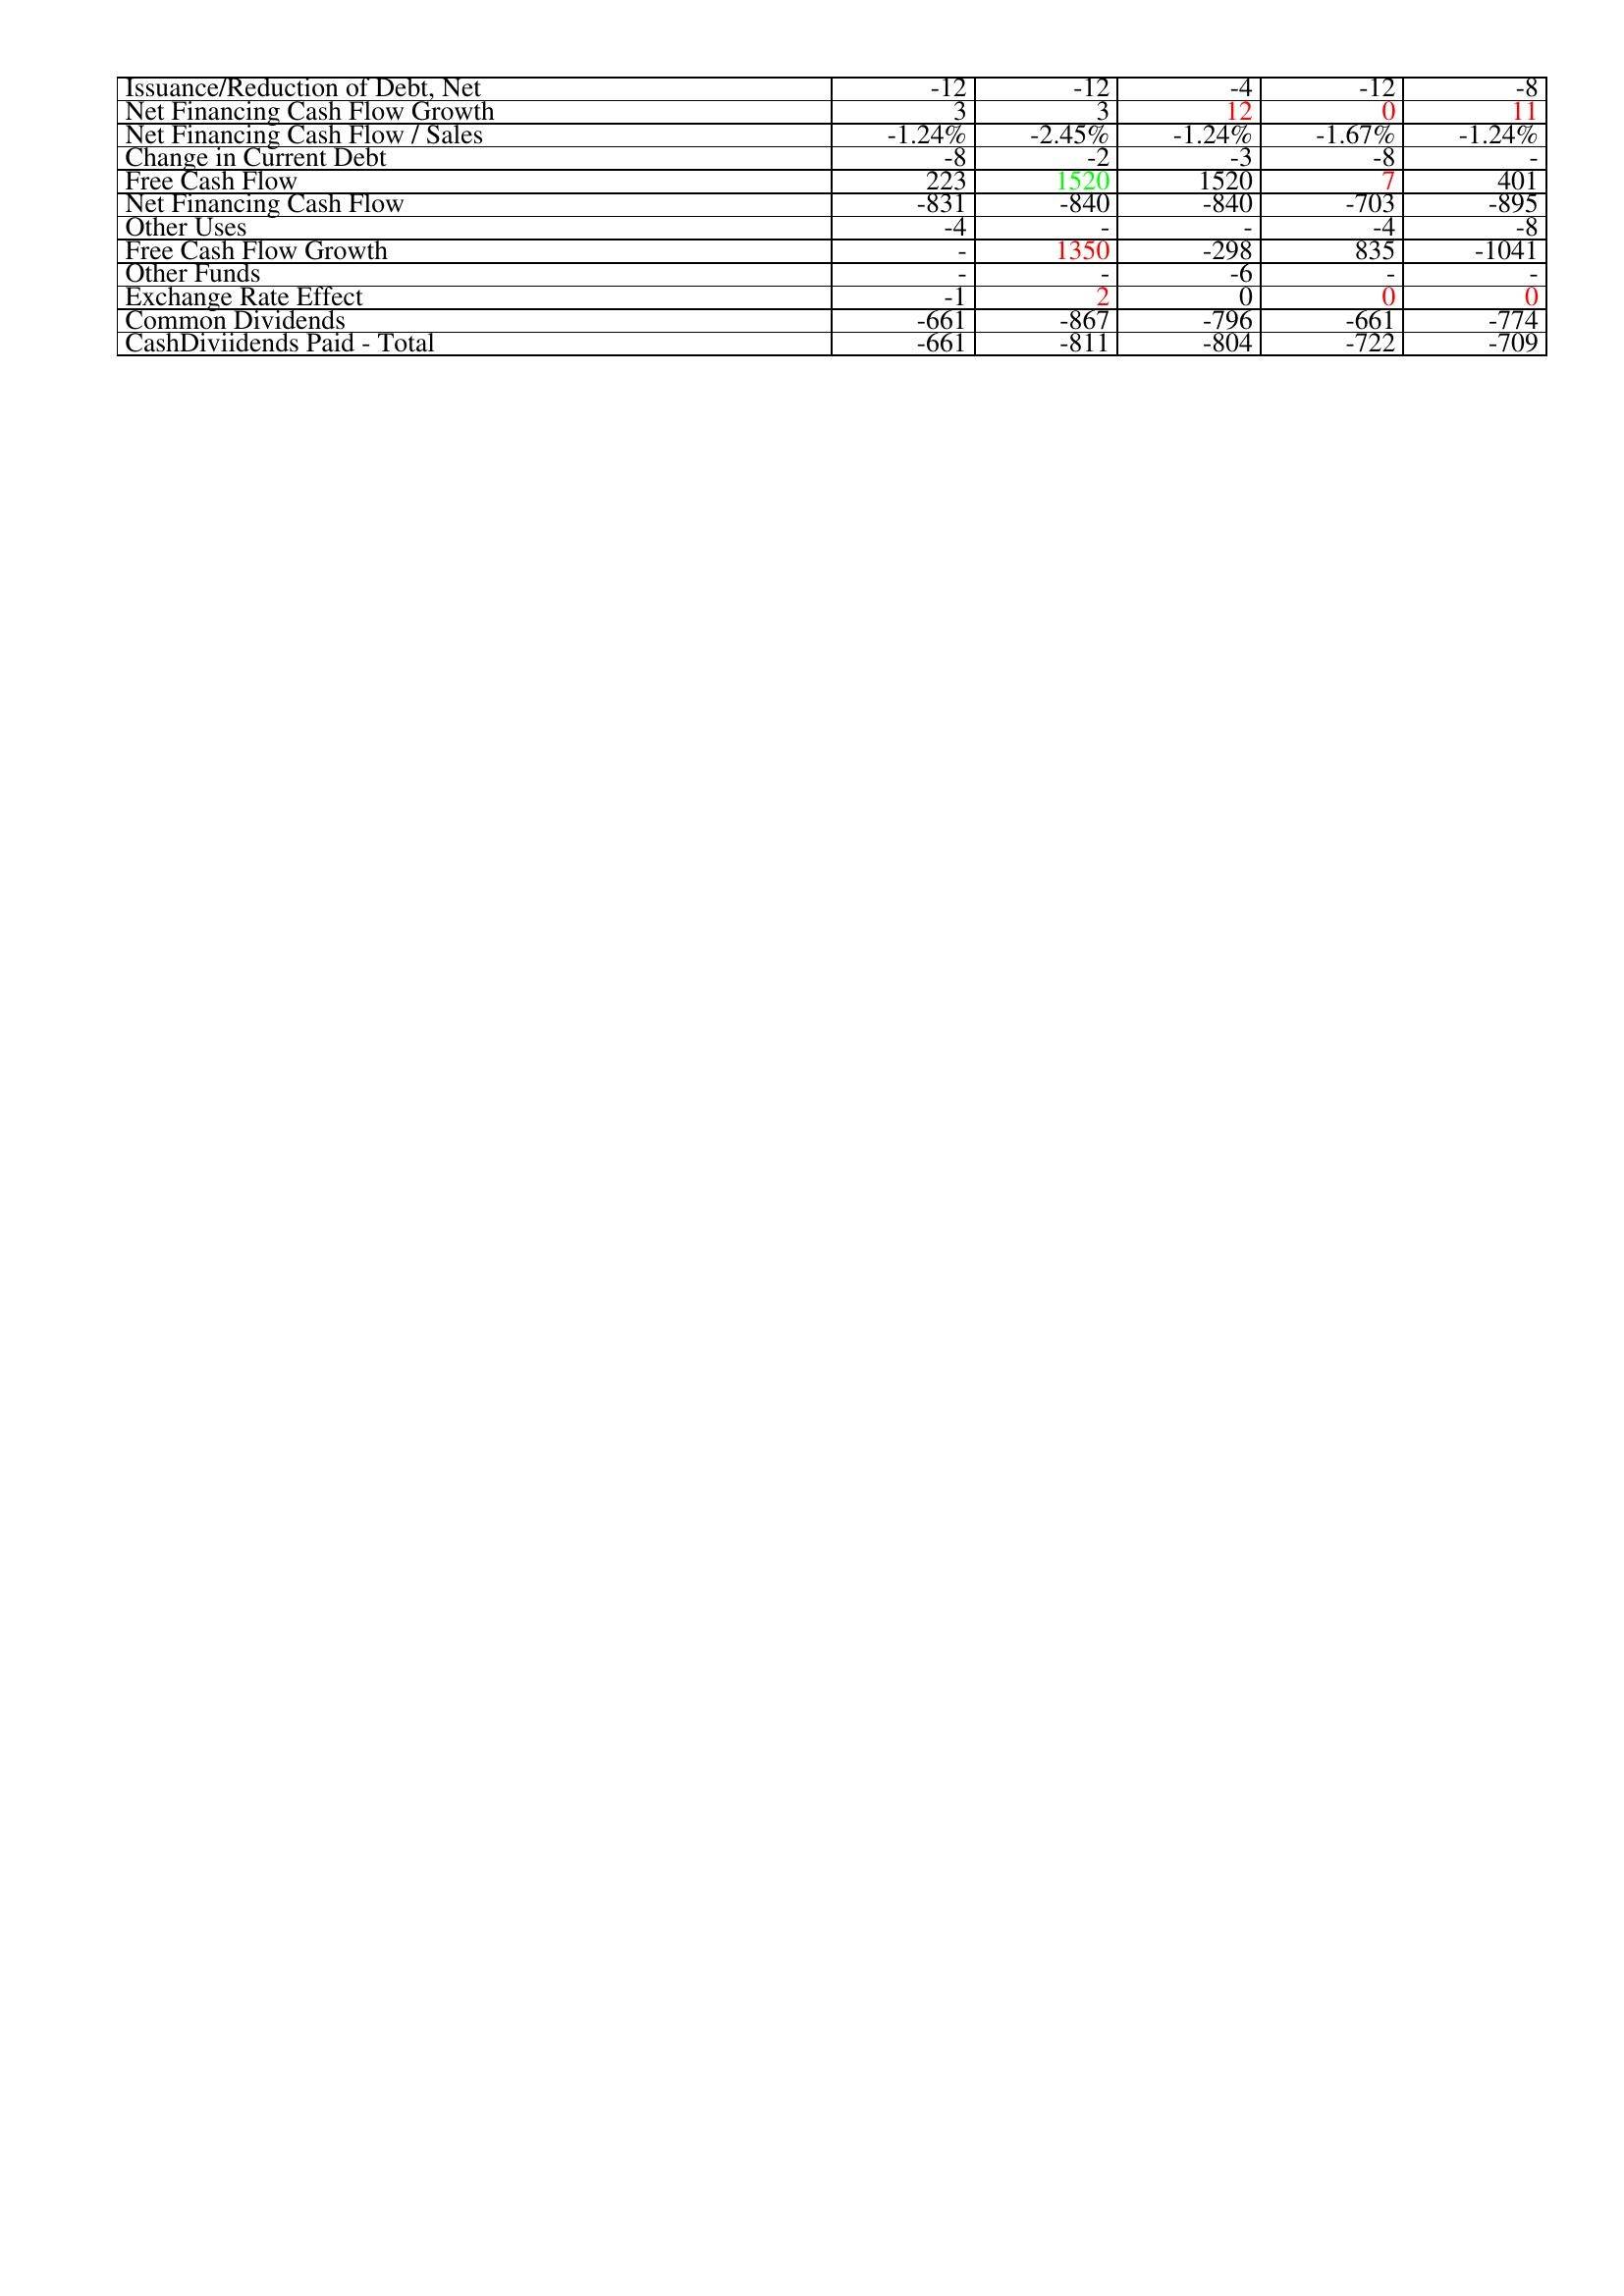
gt_parse: 2019: Financing Activities: Issuance/Reduction of Debt, Net: -12
Net Financing Cash Flow Growth: 3
Net Financing Cash Flow / Sales: -1.24%
Change in Current Debt: -8
Free Cash Flow: 223
Net Financing Cash Flow: -831
Other Uses: -4
Free Cash Flow Growth: -
Other Funds: -
Exchange Rate Effect: -1
Common Dividends: -661
CashDiviidends Paid - Total: -661
2018: Financing Activities: Issuance/Reduction of Debt, Net: -12
Net Financing Cash Flow Growth: 3
Net Financing Cash Flow / Sales: -2.45%
Change in Current Debt: -2
Free Cash Flow: 1520
Net Financing Cash Flow: -840
Other Uses: -
Free Cash Flow Growth: 1350
Other Funds: -
Exchange Rate Effect: 2
Common Dividends: -867
CashDiviidends Paid - Total: -811
2017: Financing Activities: Issuance/Reduction of Debt, Net: -4
Net Financing Cash Flow Growth: 12
Net Financing Cash Flow / Sales: -1.24%
Change in Current Debt: -3
Free Cash Flow: 1520
Net Financing Cash Flow: -840
Other Uses: -
Free Cash Flow Growth: -298
Other Funds: -6
Exchange Rate Effect: 0
Common Dividends: -796
CashDiviidends Paid - Total: -804
2016: Financing Activities: Issuance/Reduction of Debt, Net: -12
Net Financing Cash Flow Growth: 0
Net Financing Cash Flow / Sales: -1.67%
Change in Current Debt: -8
Free Cash Flow: 7
Net Financing Cash Flow: -703
Other Uses: -4
Free Cash Flow Growth: 835
Other Funds: -
Exchange Rate Effect: 0
Common Dividends: -661
CashDiviidends Paid - Total: -722
2015: Financing Activities: Issuance/Reduction of Debt, Net: -8
Net Financing Cash Flow Growth: 11
Net Financing Cash Flow / Sales: -1.24%
Change in Current Debt: -
Free Cash Flow: 401
Net Financing Cash Flow: -895
Other Uses: -8
Free Cash Flow Growth: -1041
Other Funds: -
Exchange Rate Effect: 0
Common Dividends: -774
CashDiviidends Paid - Total: -709